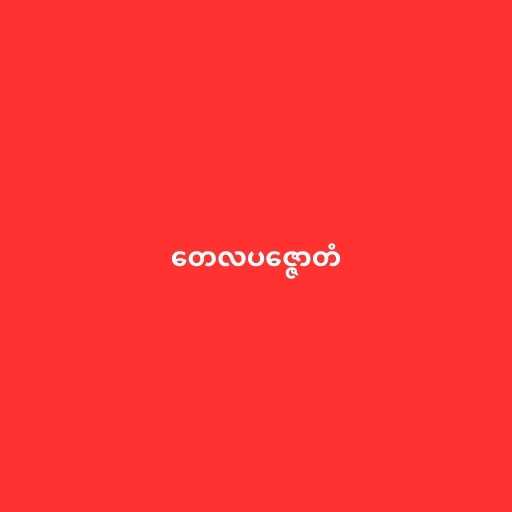
တေလပဇ္ဇောတံ